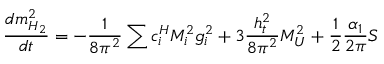
\frac { d m _ { H _ { 2 } } ^ { 2 } } { d t } = - \frac 1 { 8 \pi ^ { 2 } } \sum { c _ { i } ^ { H } M _ { i } ^ { 2 } g _ { i } ^ { 2 } } + 3 \frac { h _ { t } ^ { 2 } } { 8 \pi ^ { 2 } } { \cal M } _ { U } ^ { 2 } + \frac 1 2 \frac { \alpha _ { 1 } } { 2 \pi } S